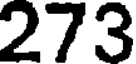
273